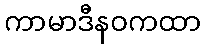
ကာမာဒီနဝကထာ